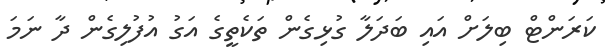
ކަރަންޓް ބިލަށް އައި ބަދަލާ ގުޅިގެން ތަކެތީގެ އަގު އުފުލިގެން ދާ ނަމަ